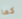
كما